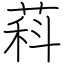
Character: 萪